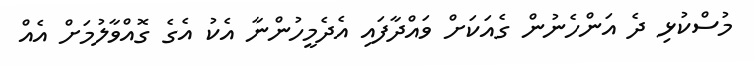
މުސްކުޅި ދެ އަންހެނުން ގެއަކަށް ވައްދާފައި އެދެމީހުންނާ އެކު އެގެ ގޮއްވާލުމަށް އެއް